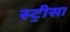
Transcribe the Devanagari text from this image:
स्ट्रीसा